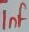
Text: 1nF